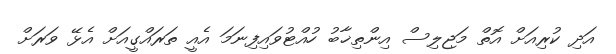
އަދި ކުރިއަށް އޮތް މަޖިލިސް އިންތިޚާބު ހުއްޓުވައިފިނަމަ އެއީ ތަރައްގީއަށް އެޅޭ ވަރަށް